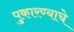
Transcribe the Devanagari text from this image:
पुकारण्याचे